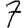
Digit: 7